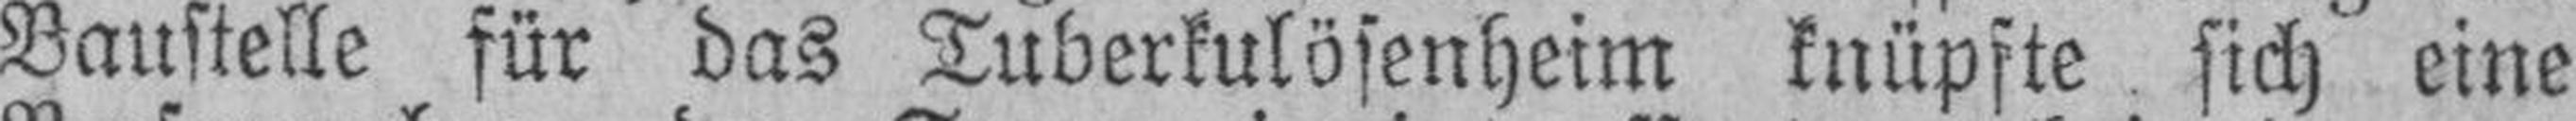
Baustelle für das Tuberkulösenheim knüpfte sich eine